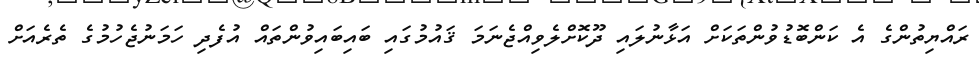
ރައްޔިތުންގެ އެ ކަންބޮޑުވުންތަކަށް އަޅާނުލައި ދޫކޮށްލެވިއްޖެނަމަ ޤައުމުގައި ބައިބައިވުންތައް އުފެދި ހަމަނުޖެހުމުގެ ތެރެއަށް